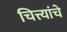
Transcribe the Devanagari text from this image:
चित्त्यांचे